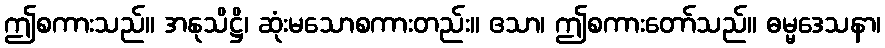
ဤစကားသည်။ အနုသိဋ္ဌိ၊ ဆုံးမသောစကားတည်း။ ဧသာ၊ ဤစကားတော်သည်။ ဓမ္မဒေသနာ၊